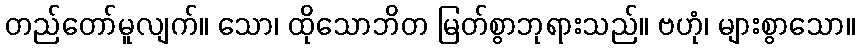
တည်တော်မူလျက်။ သော၊ ထိုသောဘိတ မြတ်စွာဘုရားသည်။ ဗဟုံ၊ များစွာသော။